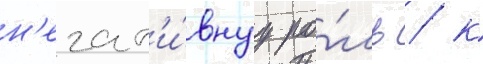
н'егат'и́внуу ро́ль / к